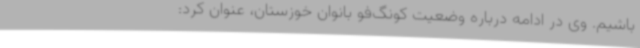
باشیم. وی در ادامه درباره وضعیت کونگ‌فو بانوان خوزستان، عنوان کرد: